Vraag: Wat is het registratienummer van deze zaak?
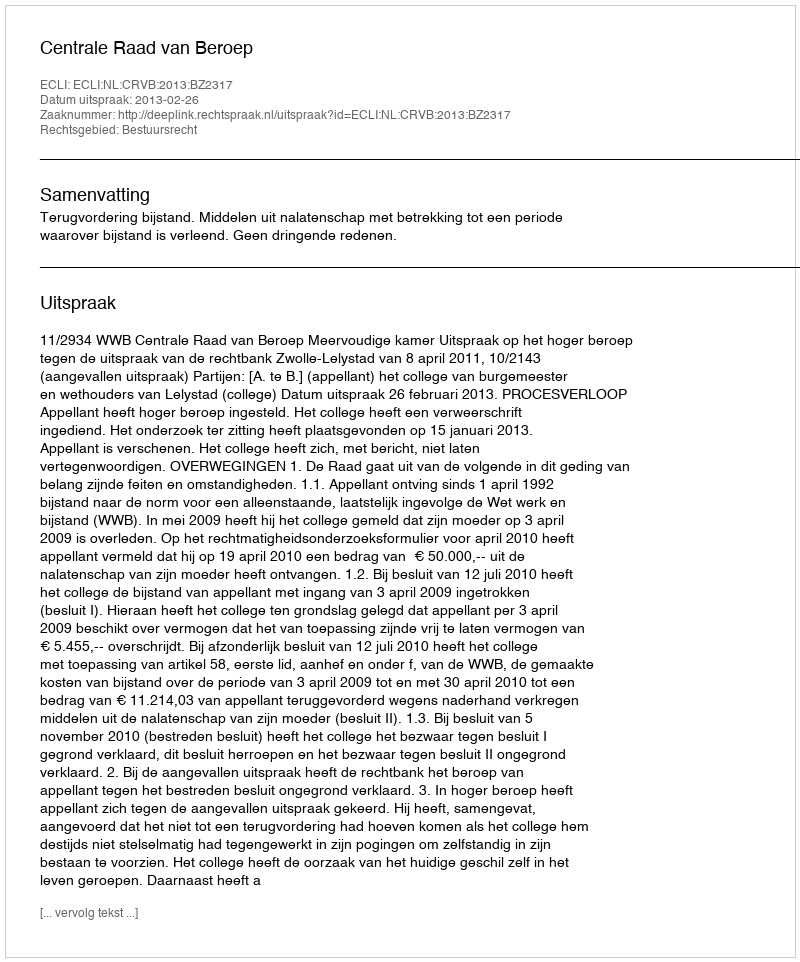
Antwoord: http://deeplink.rechtspraak.nl/uitspraak?id=ECLI:NL:CRVB:2013:BZ2317